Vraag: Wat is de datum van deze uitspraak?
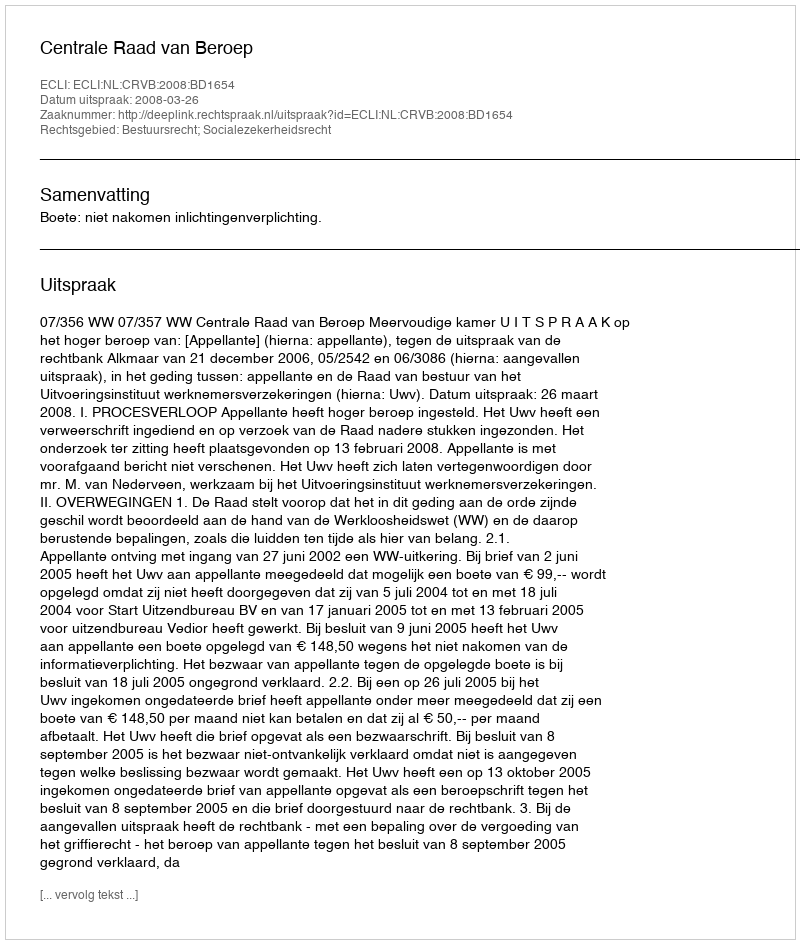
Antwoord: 2008-03-26